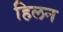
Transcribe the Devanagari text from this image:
हिलन